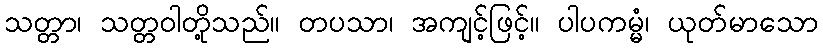
သတ္တာ၊ သတ္တဝါတို့သည်။ တပသာ၊ အကျင့်ဖြင့်။ ပါပကမ္မံ၊ ယုတ်မာသော